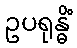
ဥပရုန္ဓိံ